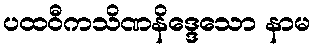
ပထဝီကသိဏနိဒ္ဒေသော နာမ